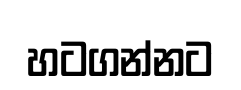
හටගන්නට